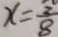
x = \frac { 2 } { 8 }